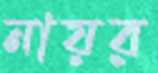
নায়র